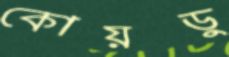
কোয়ডু